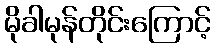
မိုခါမုန်တိုင်းကြောင့်